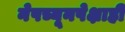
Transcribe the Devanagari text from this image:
नेपच्यूनपेक्षाही